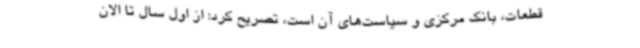
قطعات، بانک مرکزی و سیاست‌های آن است، تصریح کرد: از اول سال تا الان